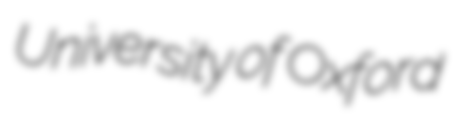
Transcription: University of Oxford